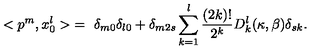
< p ^ { m } , x _ { 0 } ^ { l } > \ = \ \delta _ { m 0 } \delta _ { l 0 } + \delta _ { m 2 s } \sum _ { k = 1 } ^ { l } \frac { ( 2 k ) ! } { 2 ^ { k } } D _ { k } ^ { l } ( \kappa , \beta ) \delta _ { s k } .